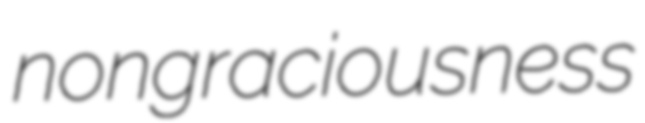
nongraciousness